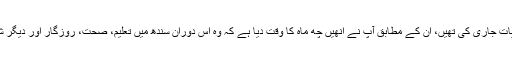
پچھلے دنوں آپ نے سندھ کے وزیراعلیٰ کو جو ہدایات جاری کی تھیں، ان کے مطابق آپ نے انھیں چھ ماہ کا وقت دیا ہے کہ وہ اس دوران سندھ میں تعلیم، صحت، روزگار اور دیگر شعبوں کے مسائل حل کریں اور عوام کو ریلیف دیں۔